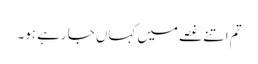
تم اتنے غصے میں کہاں جا رہے ہو۔